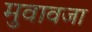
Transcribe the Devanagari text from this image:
मुवावजा